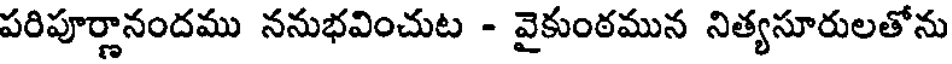
పరిపూర్ణానందము ననుభవించుట - వైకుంఠమున నిత్యసూరులతోను